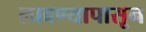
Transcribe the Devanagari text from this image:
लावण्यापासून